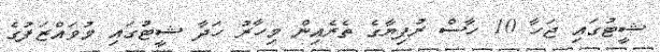
ޝީޓުގައި ޖަހާ 10 ހާސް ރުފިޔާގެ ތެރެއިން މިހާރު ހަދާ ޝީޓުގައި މުވައްޒަފުގެ